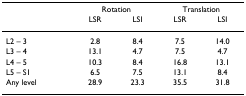
<table><thead><tr><td></td><td colspan="2"><b>Rotation</b></td><td colspan="2"><b>Translation</b></td></tr><tr><td></td><td><b>LSR</b></td><td><b>LSI</b></td><td><b>LSR</b></td><td><b>LSI</b></td></tr></thead><tbody><tr><td>L2 – 3</td><td>2.8</td><td>8.4</td><td>7.5</td><td>14.0</td></tr><tr><td>L3 – 4</td><td>13.1</td><td>4.7</td><td>7.5</td><td>4.7</td></tr><tr><td>L4 – 5</td><td>10.3</td><td>8.4</td><td>16.8</td><td>13.1</td></tr><tr><td>L5 – S1</td><td>6.5</td><td>7.5</td><td>13.1</td><td>8.4</td></tr><tr><td>Any level</td><td>28.9</td><td>23.3</td><td>35.5</td><td>31.8</td></tr></tbody></table>